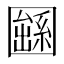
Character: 𡈱